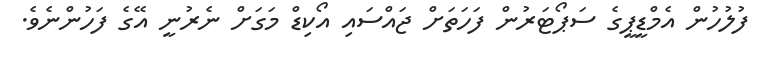
ފުލުހުން އެމްޑީޕީގެ ސަޕޯޓަރުން ފަހަތަށް ޖައްސައި އޯކިޑް މަގަށް ނެރުނީ އޭގެ ފަހުންނެވެ.